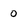
Character: 0